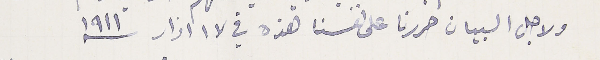
ولاجل البيان حررنا على نفسنا هذه في ١٧ اذار ١٩١١